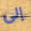
إلى